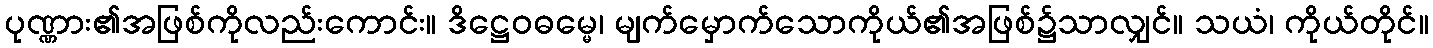
ပုဏ္ဏား၏အဖြစ်ကိုလည်းကောင်း။ ဒိဋ္ဌေဝဓမ္မေ၊ မျက်မှောက်သောကိုယ်၏အဖြစ်၌သာလျှင်။ သယံ၊ ကိုယ်တိုင်။